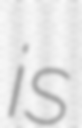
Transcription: is